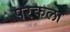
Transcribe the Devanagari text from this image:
परकला